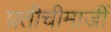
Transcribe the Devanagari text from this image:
प्रतीचीमाजीं